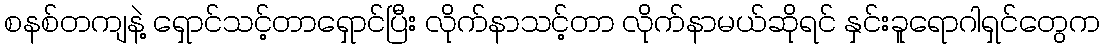
စနစ်တကျနဲ့ ရှောင်သင့်တာရှောင်ပြီး လိုက်နာသင့်တာ လိုက်နာမယ်ဆိုရင် နှင်းခူရောဂါရှင်တွေက